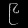
Digit: ၉